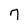
Character: 7